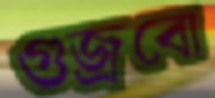
গুজ্‌রবো